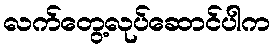
လက်တွေ့လုပ်ဆောင်ပါက